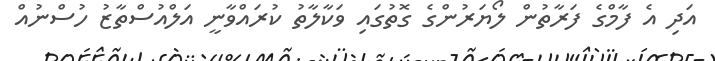
އަދި އެ ފާމްގެ ފަރާތުން ލޯޔަރުންގެ ގޮތުގައި ވަކާލާތު ކުރައްވާނީ އަލްއުސްތާޒު ހުސްނުއް